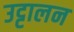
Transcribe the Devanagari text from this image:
उट्टालन